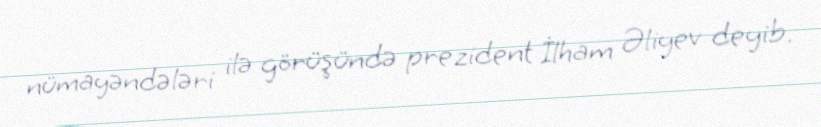
nümayəndələri ilə görüşündə prezident İlham Əliyev deyib.